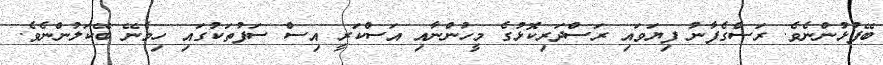
ބޭފުޅުންނެވެ. ރަސްގެފާނު ފިޔަވައި ރަސްދަރިކޮޅުގެ މީހުންނާއި އަސްކަރީ އިސް ސަފުތަކުގައި ހިމެނޭ ބޭކަލުންނެވެ.